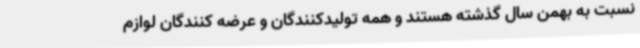
نسبت به بهمن سال گذشته هستند و همه تولیدکنندگان و عرضه کنندگان لوازم